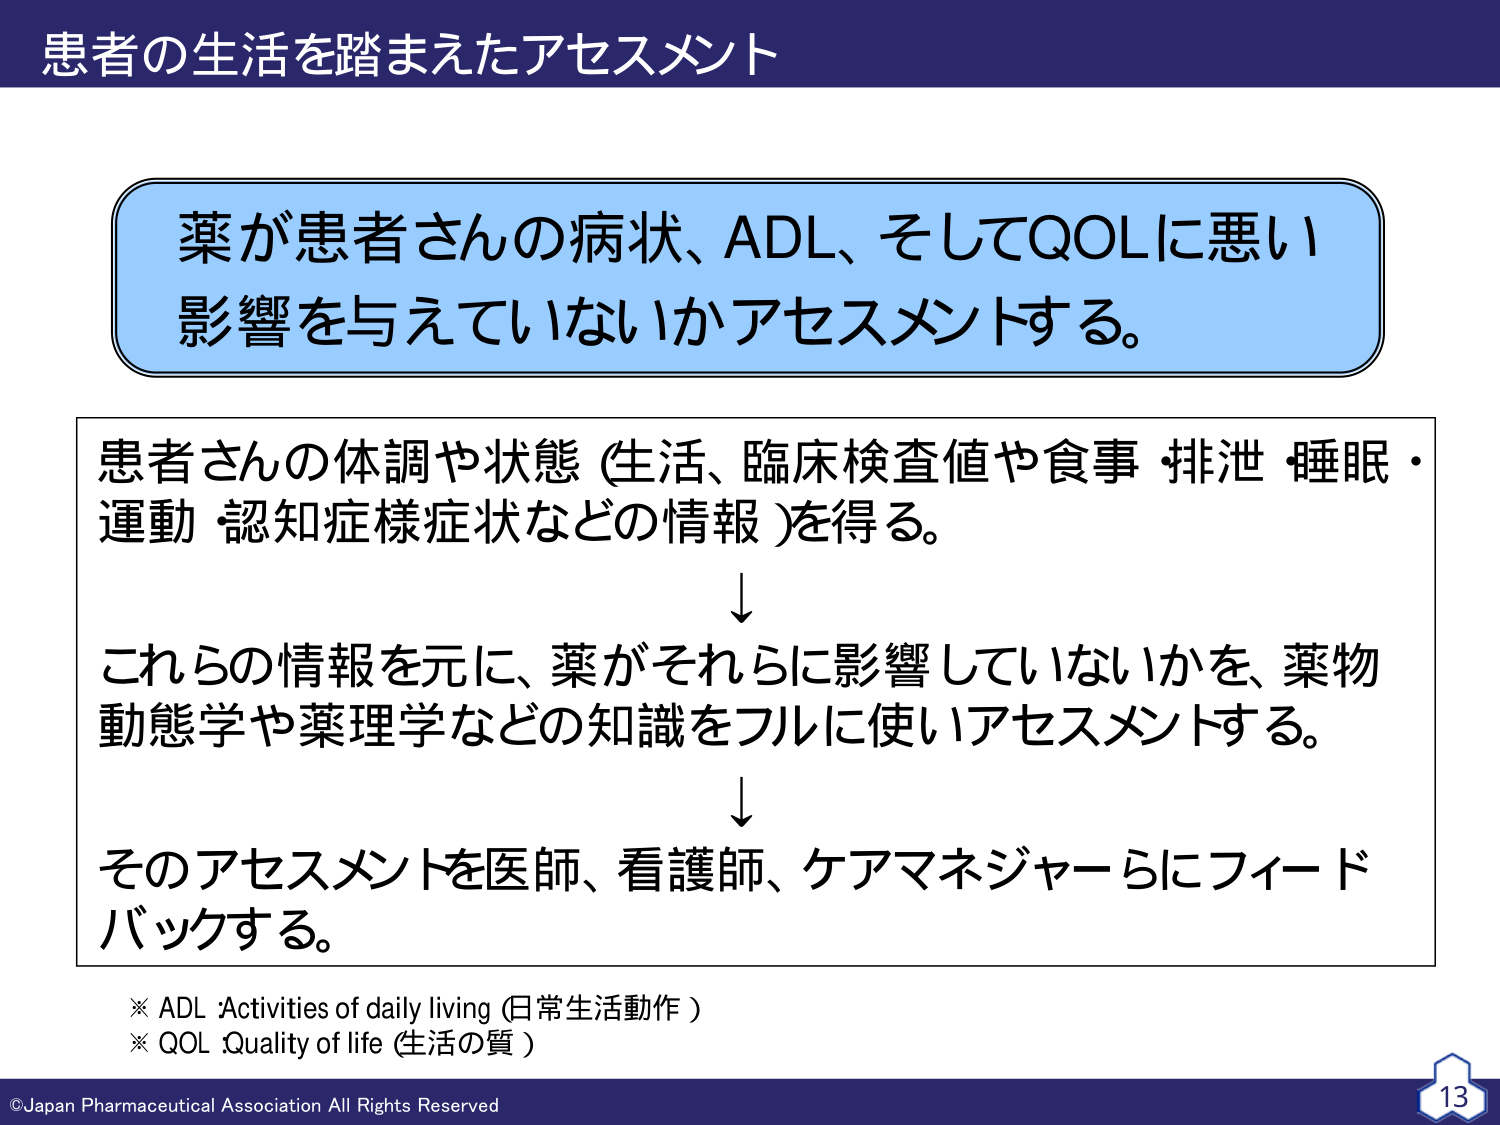
患者の生活を踏まえたアセスメント

薬が患者さんの病状、ADL、そしてQOLに悪い
影響を与えていないかアセスメントする。

患者さんの体調や状態（生活、臨床検査値や食事・排泄・睡眠・
運動・認知症様症状などの情報）を得る。
↓
これらの情報を元に、薬がそれらに影響していないかを、薬物
動態学や薬理学などの知識をフルに使いアセスメントする。
↓
そのアセスメントを医師、看護師、ケアマネジャーらにフィード
バックする。

※ ADL :Activities of daily living（日常生活動作）
※ QOL :Quality of life（生活の質）

©Japan Pharmaceutical Association All Rights Reserved
13